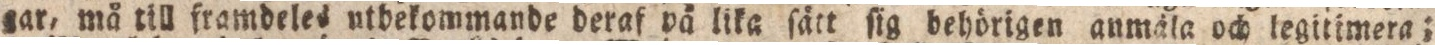
gar, må till framdeles utbekommande deraf på lika ſätt ſig behörigen anmäla och legitimera;